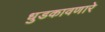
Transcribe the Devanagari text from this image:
धुडकावणारे